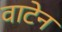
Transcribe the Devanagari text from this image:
वाटेन